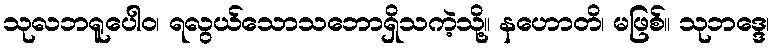
သုလဘရူပေါဝ၊ ရလွယ်သောသဘောရှိသကဲ့သို့။ နဟောတိ၊ မဖြစ်။ သုဘဒ္ဒေ၊